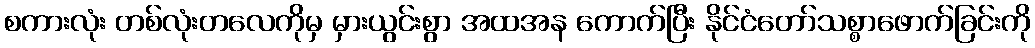
စကားလုံး တစ်လုံးတလေကိုမှ မှားယွင်းစွာ အထအန ကောက်ပြီး နိုင်ငံတော်သစ္စာဖောက်ခြင်းကို